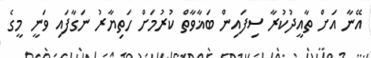
އޭނާ އަށް ތާއީދުކުރާ ސިފައިން ބަޣާވާތް ކުރުމަށް ހަތިޔާރު ނަގާފައި ވަނީ މީގެ